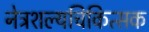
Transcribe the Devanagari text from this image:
नेत्रशल्यचिकित्सक